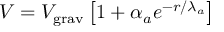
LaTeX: V = V _ { \mathrm { g r a v } } \left[ 1 + \alpha _ { a } e ^ { - r / \lambda _ { a } } \right]